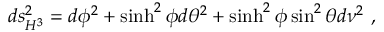
d s _ { H ^ { 3 } } ^ { 2 } = d \phi ^ { 2 } + \sinh ^ { 2 } \phi d \theta ^ { 2 } + \sinh ^ { 2 } \phi \sin ^ { 2 } \theta d \nu ^ { 2 } \ ,